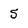
Character: 5